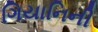
ગિયાનિની